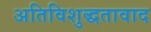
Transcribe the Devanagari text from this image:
अतिविशुद्धतावाद